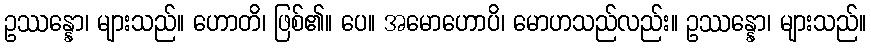
ဥဿန္နော၊ များသည်။ ဟောတိ၊ ဖြစ်၏။ ပေ။ အမောဟောပိ၊ မောဟသည်လည်း။ ဥဿန္နော၊ များသည်။